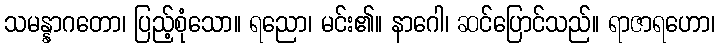
သမန္နာဂတော၊ ပြည့်စုံသော။ ရညော၊ မင်း၏။ နာဂေါ၊ ဆင်ပြောင်သည်။ ရာဇာရဟော၊